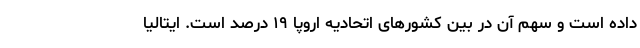
داده است و سهم آن در بین کشورهای اتحادیه اروپا ۱۹ درصد است. ایتالیا